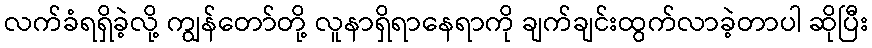
လက်ခံရရှိခဲ့လို့ ကျွန်တော်တို့ လူနာရှိရာနေရာကို ချက်ချင်းထွက်လာခဲ့တာပါ ဆိုပြီး